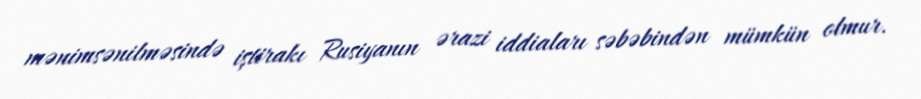
mənimsənilməsində iştirakı Rusiyanın ərazi iddiaları səbəbindən mümkün olmur.